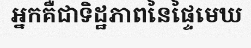
អ្នកគឺជាទិដ្ឋភាពនៃផ្ទៃមេឃ